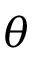
\theta